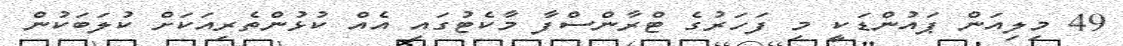
49 މިލިއަން ޕައުންޑަކީ މި ފަހަރުގެ ޓްރާންސްފާ މާކެޓުގައި އެއް ކުޅުންތެރިއަކަށް ކުލަބަކުން